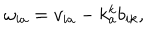
\omega _ { i a } = v _ { i a } - k _ { a } ^ { k } b _ { i k } ,